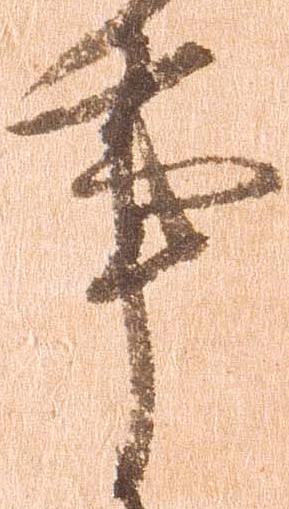
事